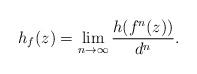
LaTeX: \begin{align*}h_f(z) = \lim_{n\to\infty}\frac{h(f^n(z))}{d^n}.\end{align*}